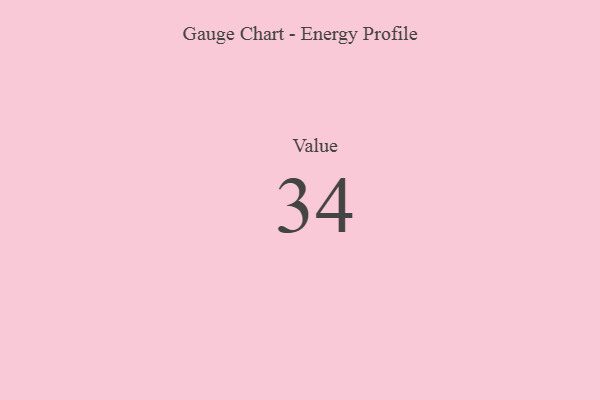
{"axis": {"x": "Metric", "y": "Value"}, "legend": [""], "data": [{"x": "Value", "y": 34, "type": ""}]}